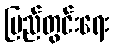
ပြည်တွင်းရေး